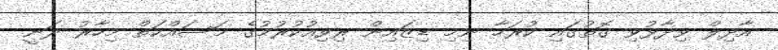
އާދިލް ވިދާޅުވި ގޮތުގައި ކުރަހާ ނިމި ޑިޒައިން ރިވިއުކުރުމުގެ މަސައްކަތް މިހާރު ދަނީ